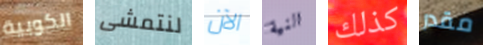
الكوبية لنتمشى الآن النية كذلك مقدر